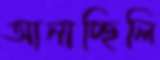
আনাচ্ছিলি